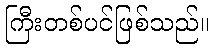
ကြီးတစ်ပင်ဖြစ်သည်။